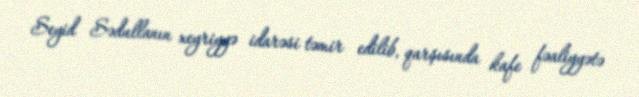
Seyid Sədullanın xeyriyyə idarəsi təmir edilib, qarşısında kafe fəaliyyətə